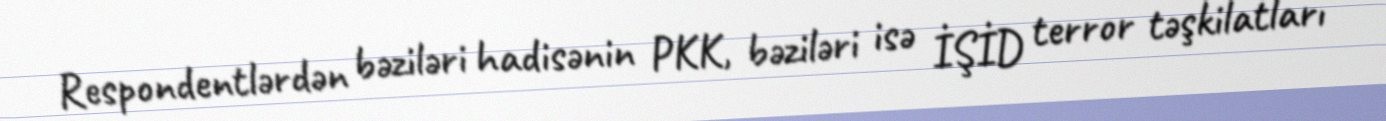
Respondentlərdən bəziləri hadisənin PKK, bəziləri isə İŞİD terror təşkilatları